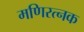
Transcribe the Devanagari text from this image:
मणिरत्‍नक